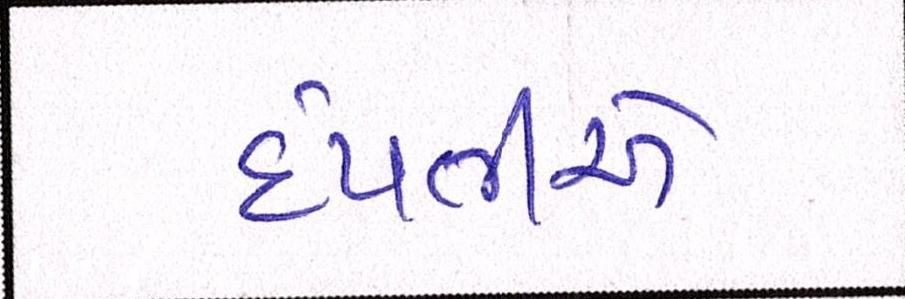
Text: દંપતીએ